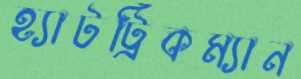
হ্যাটট্রিকম্যান